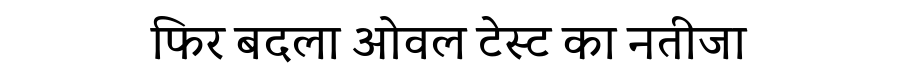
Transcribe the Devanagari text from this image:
फिर बदला ओवल टेस्ट का नतीजा